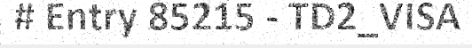
# Entry 85215 - TD2_VISA